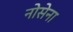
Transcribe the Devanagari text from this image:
नोसेना